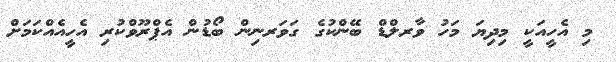
މި އެހީއަކީ މިިދިޔަ މަހު ވާރލްޑް ބޭންކުގެ ގަވަރނިން ބޯޑުން އެޕްރޫވްކުރި އެހީއެއްކަމަށް